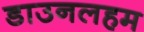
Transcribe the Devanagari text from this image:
डाउनलहम